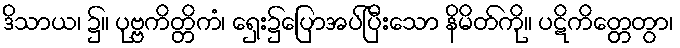
ဒိသာယ၊ ၌။ ပုဗ္ဗကိတ္တိကံ၊ ရှေး၌ပြောအပ်ပြီးသော နိမိတ်ကို။ ပဋိကိတ္တေတွာ၊